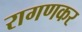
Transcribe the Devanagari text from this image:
रागणकर